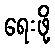
ရေးဖို့